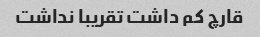
قارچ کم داشت تقریبا نداشت